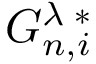
G _ { n , i } ^ { \lambda \; * }